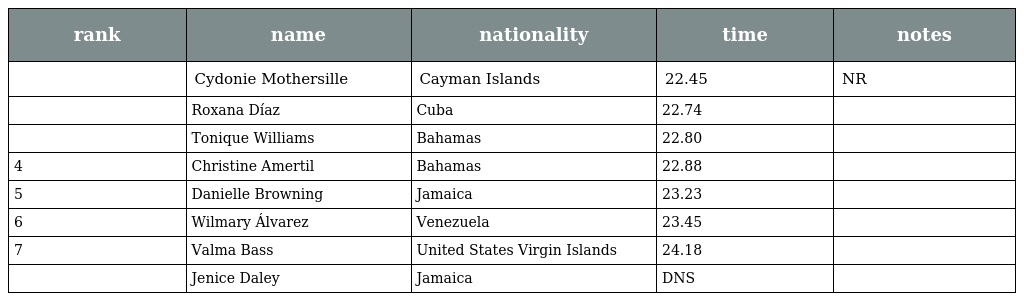
| rank | name | nationality | time | notes |
 | --- | --- | --- | --- | --- |
 |  | Cydonie Mothersille | Cayman Islands | 22.45 | NR |
 |  | Roxana Díaz | Cuba | 22.74 |  |
 |  | Tonique Williams | Bahamas | 22.80 |  |
 | 4 | Christine Amertil | Bahamas | 22.88 |  |
 | 5 | Danielle Browning | Jamaica | 23.23 |  |
 | 6 | Wilmary Álvarez | Venezuela | 23.45 |  |
 | 7 | Valma Bass | United States Virgin Islands | 24.18 |  |
 |  | Jenice Daley | Jamaica | DNS |  |